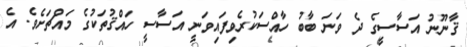
ޤާނޫނު އަސާސީގެ ދެ ވަނަ ބާބު ހާއްސަކުރެވިފައިވަނީ އަސާސީ ހައްޤުތަކުގެ މައްޗަށެވެ. އެ